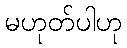
မဟုတ်ပါဟု